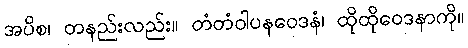
အပိစ၊ တနည်းလည်း။ တံတံဝါပနဝေဒနံ၊ ထိုထိုဝေဒနာကို။